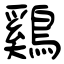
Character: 鷄